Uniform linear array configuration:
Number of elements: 12
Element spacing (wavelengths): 0.25
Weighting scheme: blackman
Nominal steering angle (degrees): -30
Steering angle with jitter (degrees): -28.476
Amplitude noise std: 0.05
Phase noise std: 0.05

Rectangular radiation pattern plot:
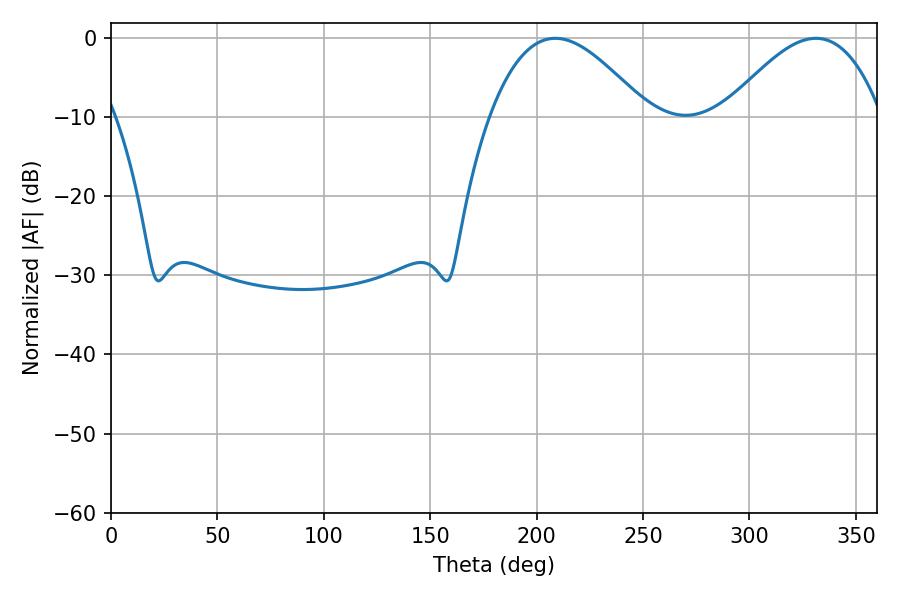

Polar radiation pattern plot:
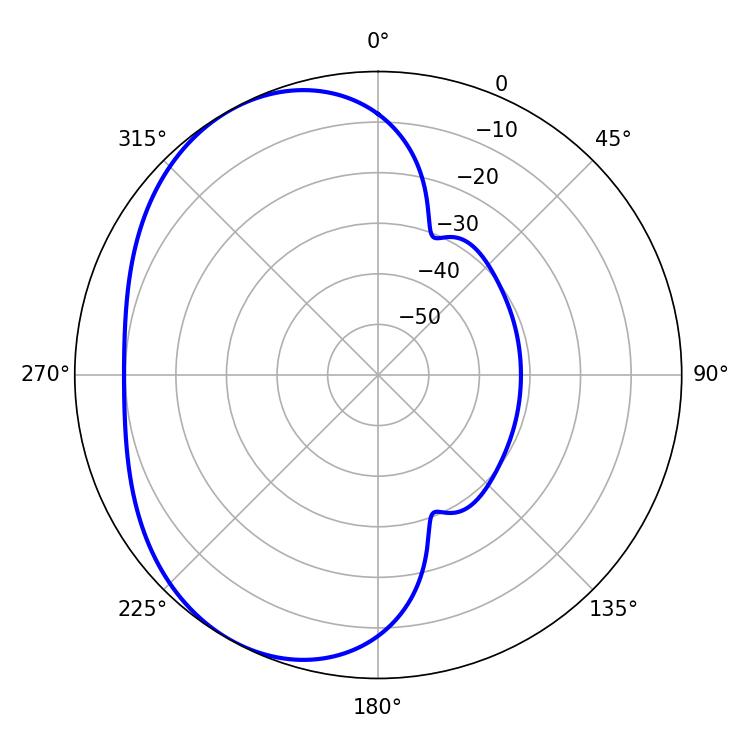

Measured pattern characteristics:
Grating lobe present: FALSE
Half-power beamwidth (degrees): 40.14
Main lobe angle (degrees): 208.8